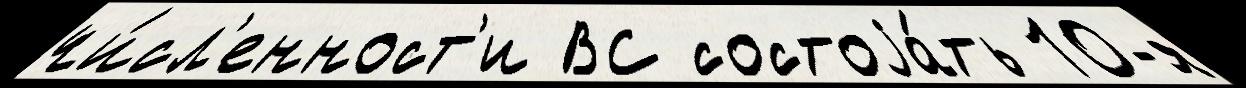
чи́сл'енност'и ВС состоjа́ть 10-я